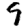
Digit: 9